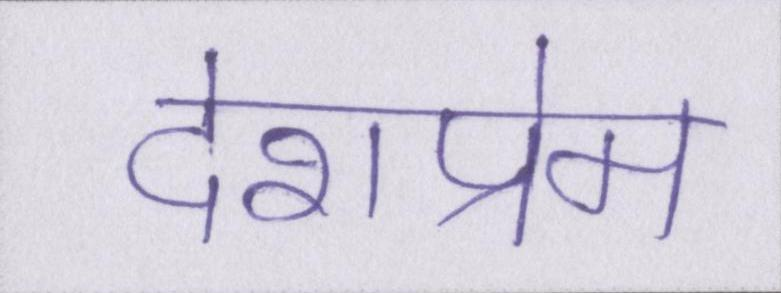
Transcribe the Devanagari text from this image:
देशप्रेम